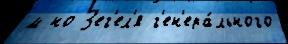
м но З'ег'ел'я г'ен'ера́льного